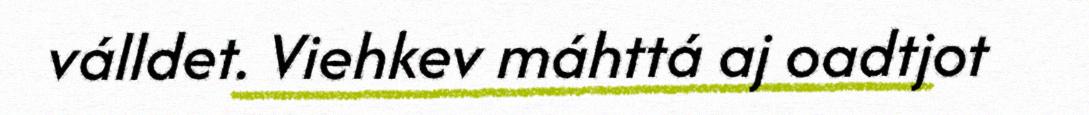
válldet. Viehkev máhttá aj oadtjot